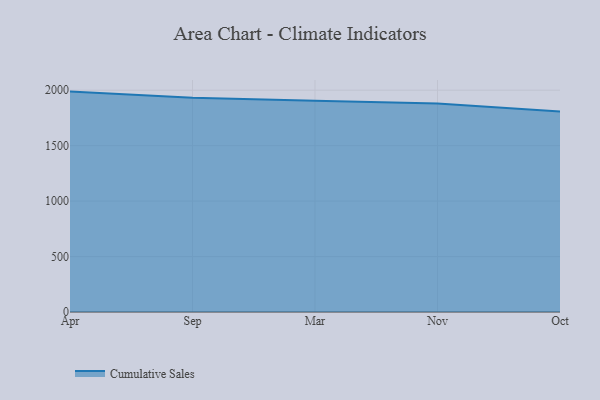
{"axis": {"x": "Month", "y": "Customer Acquisition Cost (USD)"}, "legend": ["Cumulative Sales"], "data": [{"x": "Apr", "y": 1987.2, "type": "Cumulative Sales"}, {"x": "Sep", "y": 1932.8, "type": "Cumulative Sales"}, {"x": "Mar", "y": 1905.3, "type": "Cumulative Sales"}, {"x": "Nov", "y": 1880.0, "type": "Cumulative Sales"}, {"x": "Oct", "y": 1807.9, "type": "Cumulative Sales"}]}